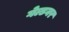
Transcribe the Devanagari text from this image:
गेल्डनर